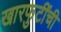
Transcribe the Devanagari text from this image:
खारफुटींची